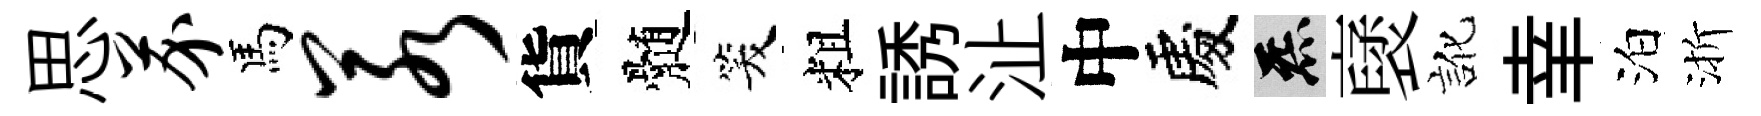
思芥馬若貨髄笑粗誘沚中處炁裦訛𦍒泊渐